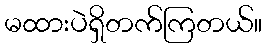
မထားပဲရှိတက်ကြတယ်။